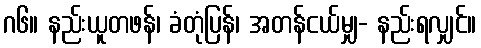
ဂ၆။ နည်းယူတဖန်၊ ခံတုံပြန်၊ အတန်ငယ်မျှ- နည်းရလျှင်။